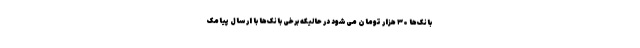
بانک‌ها ۳۰ هزار تومان می‌شود در حالیکه برخی بانک‌ها با ارسال پیامک